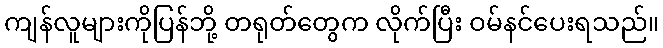
ကျန်လူများကိုပြန်ဘို့ တရုတ်တွေက လိုက်ပြီး ဝမ်နင်ပေးရသည်။